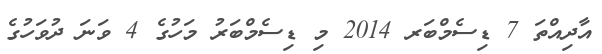
އާދިއްތަ 7 ޑިސެމްބަރ 2014 މި ޑިސެމްބަރު މަހުގެ 4 ވަނަ ދުވަހުގެ